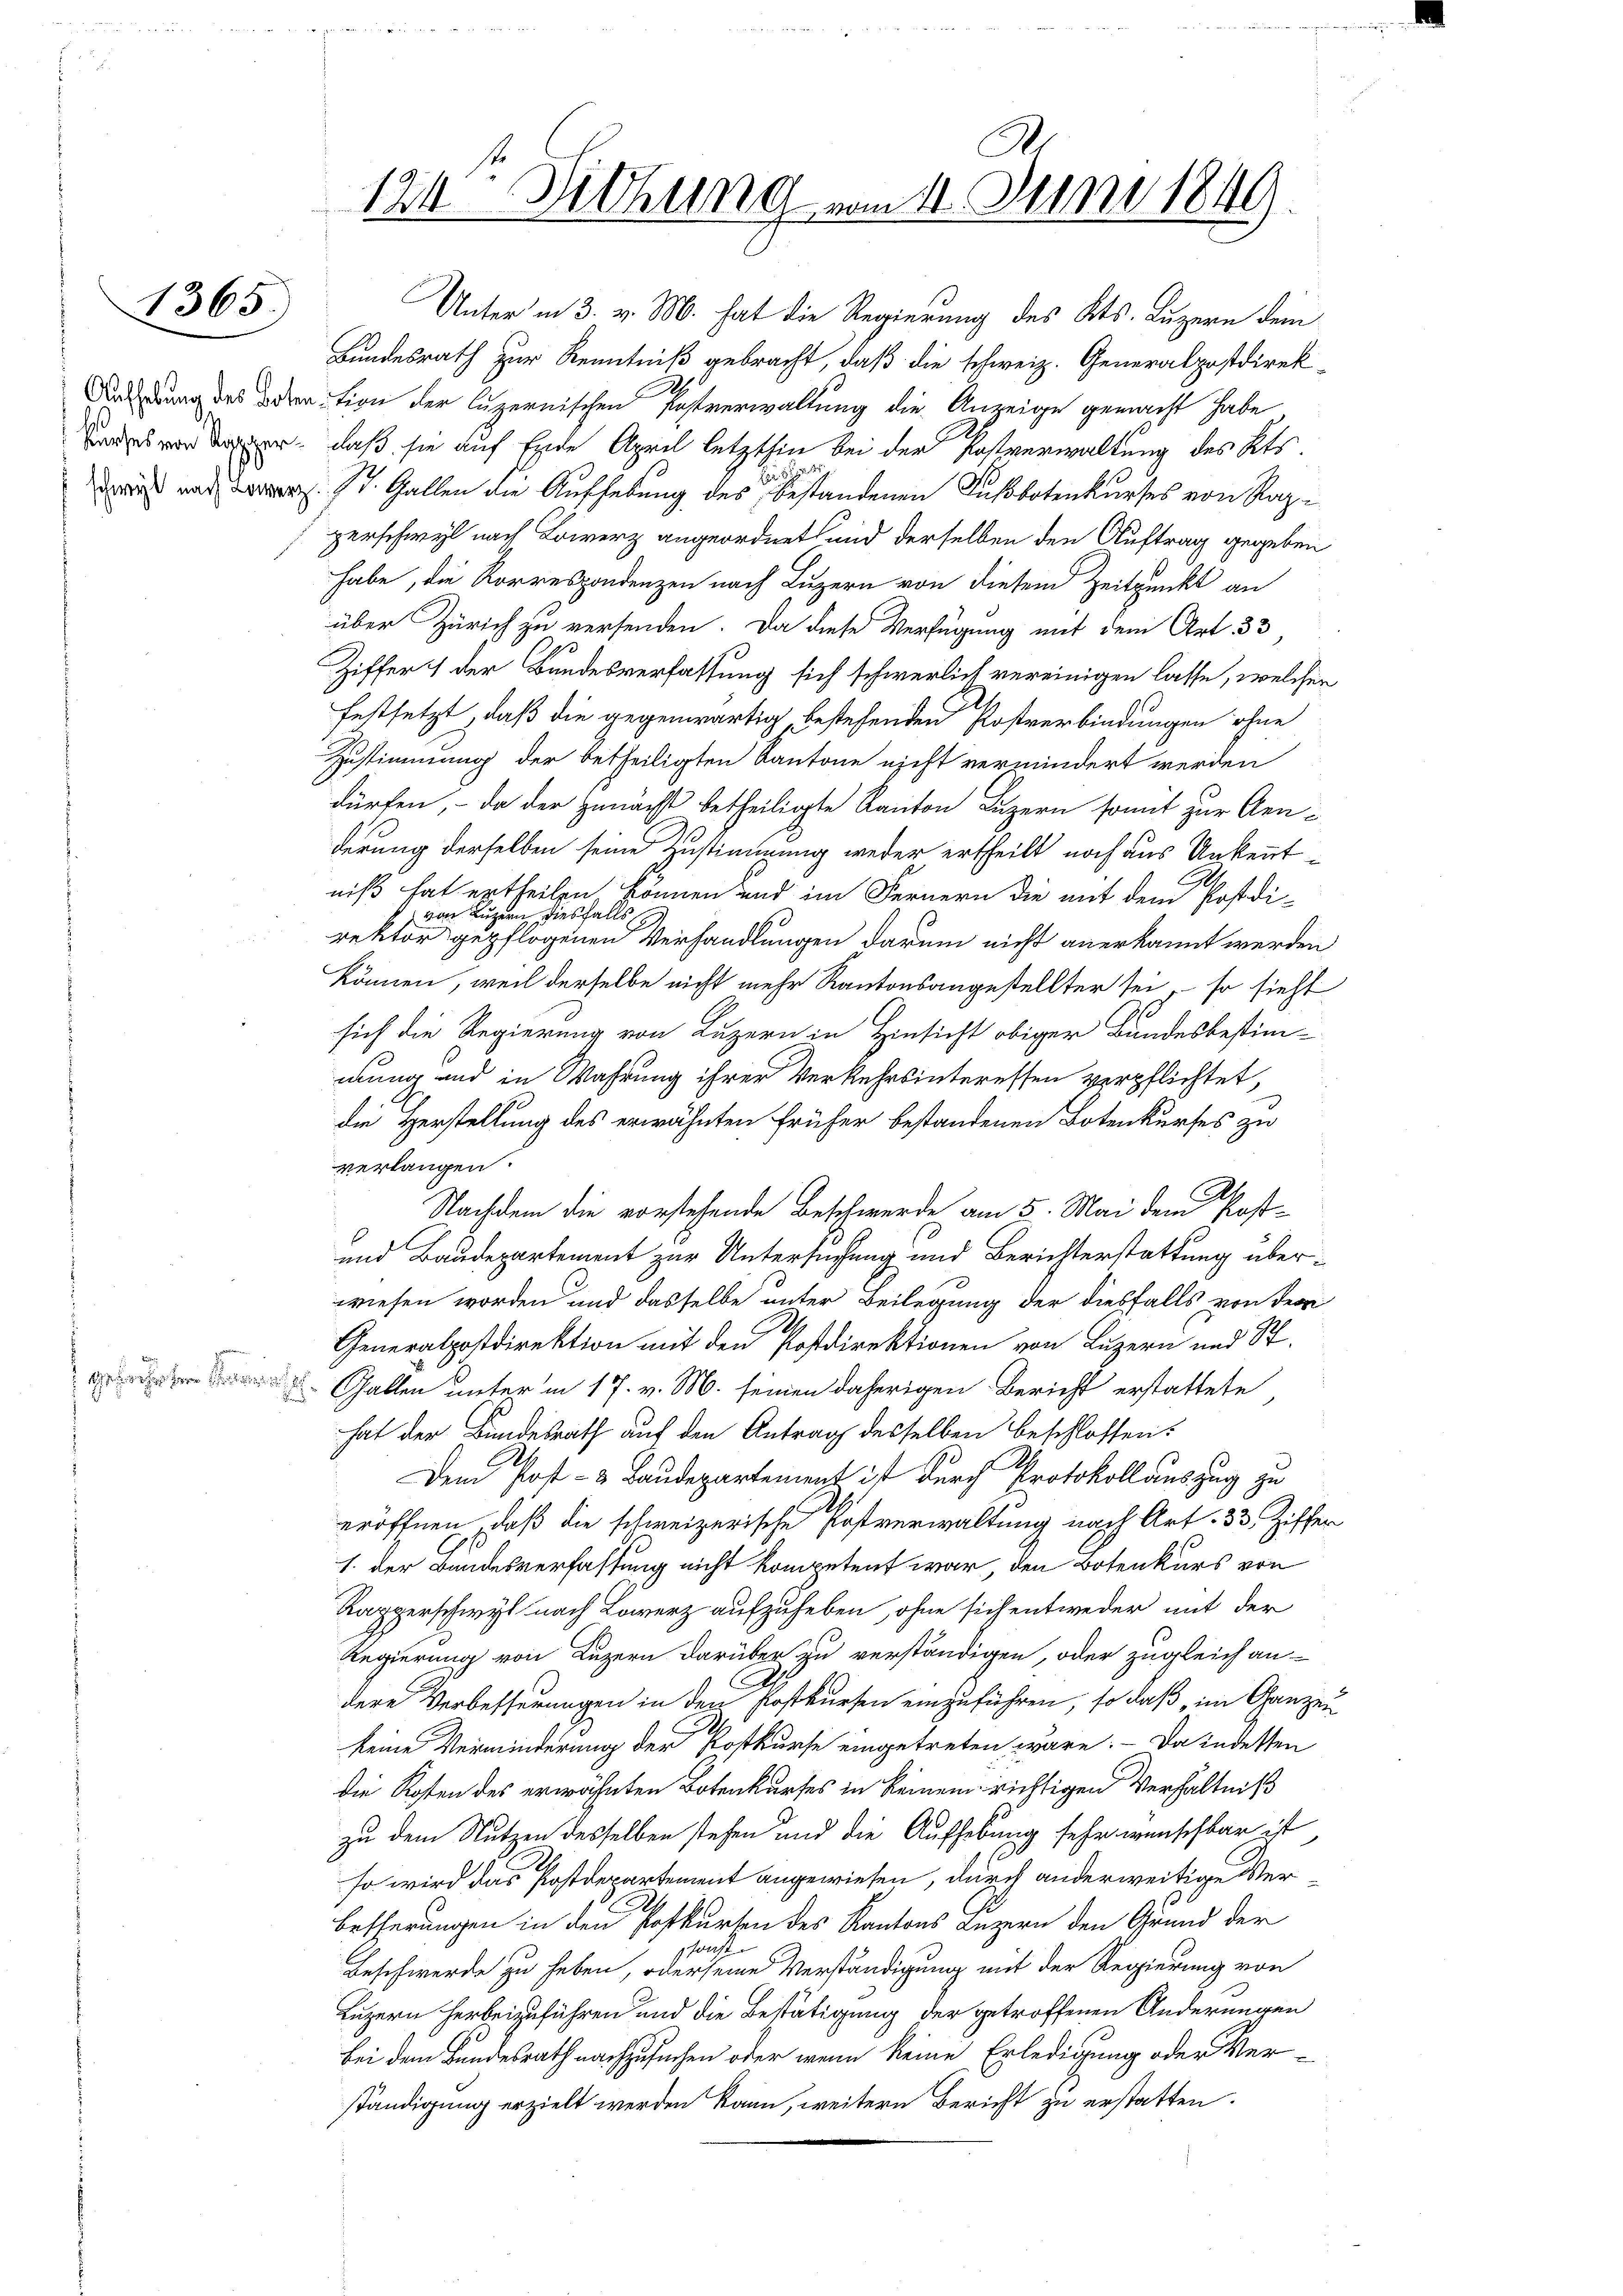
1365.

124. Diehung vom 11. Juni 1849.

Unter in 3. v. M. hat die Regierung des Kts. Luzern dem
Bundesrath zur Kenntniß gebracht, daß die schweiz. Generalpostdirek¬
Andung des Vertion der luzernischen Postverwaltung die Anzeige gemacht habe
ser, daß sie auf Ende April letzthin bei der Kastverwaltung des Kts.
dries war Dr. St. Gallen die Aufhebung des Bestandenen Fußbotenkurses von Raze
perschwyl nach Lowerz angeordnet und derselben den Auftrag gegeben
habe, die Korrespondenzen nach Luzern von diesem Zeitpunkt an
über Zürich zu versenden. Da diese Verfügung mit dem Art. 33,
Ziffer 1 der Bundesverfassung sich schwerlich vereinigen lasse, welcher
festsetzt, daß die gegenwärtig bestehenden Postverbindungen ohne
Zustimmung der betheiligten Kantone nicht vermindert werden
dürfen, – da der Zunächst betheiligte Kanton Luzern somit zur Cenderung derselben seine Zustimmung weder ertheilt noch aus Unkenntniß hat ertheilen können und im Fernern die mit dem Postdi-
: von Luzern diesfalls
rektor gepflogenen Verhandlungen darum nicht anerkannt werden
können, weil derselbe nicht mehr Kantonsangestellter sei, so sieht
sich die Regierung von Luzern in Hinsicht obiger Bundesbestim-
mung und in Wahrung ihrer Verkehrsinteressen verpflichtet,
die Herstellung des erwähnten früher bestandenen Botenkurses zu
verlangen.
.
Nachdem die vorstehende Beschwerde am 5. Mai dem Post-
und Baudepartement zur Untersuchung und Berichterstattung überwiesen worden und dasselbe unter Beilegung der diesfalls von der
Generalpostdirektion mit den Postdirektionen von Luzern und St.
Gallen unterm 17. v. M. seinen daherigen Bericht erstattete
hat der Bundesrath auf den Antrag desselben beschlossen:
Dem Post- & Baudepartement ist durch Protokollauszug zu
eröffnen, daß die schweizerische Postverwaltung nach Art. 33 Ziffer
1. der Bandesverfassung nicht kompetent war, den Botenkurs von
Kapperschwyl nach Lowerz aufzuheben, ohne sich entweder mit der
Regierung von Luzern darüber zu verständigen, oder zugleich an-
dere Verbesserungen in den Postkursen einzuführen, so daß im Ganzen
keine Verminderung der Postkurse eingetreten wäre. Da indesten
die Kosten des erwähnten Botenkurses in keinem richtigen Verhältniß
zu dem Nutzen desselben stehen und die Aufhebung sehr wünschbar ist
so wird das Postdepartement angewiesen, durch anderweitige Ver¬
Besserungen in den Postkursen des Kantons Luzern den Grund der
sanst
Beschwerde zu haben, oder seine Verständigung mit der Regierung von
Luzern herbeizuführen und die Bestätigung der getroffenen Änderungen
bei dem Bundesrath nachzusuchen oder wenn keine Erledigung oder Verständigung erzielt werden kann, weitern Bericht zu erstatten.